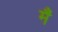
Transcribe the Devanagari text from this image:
मंै